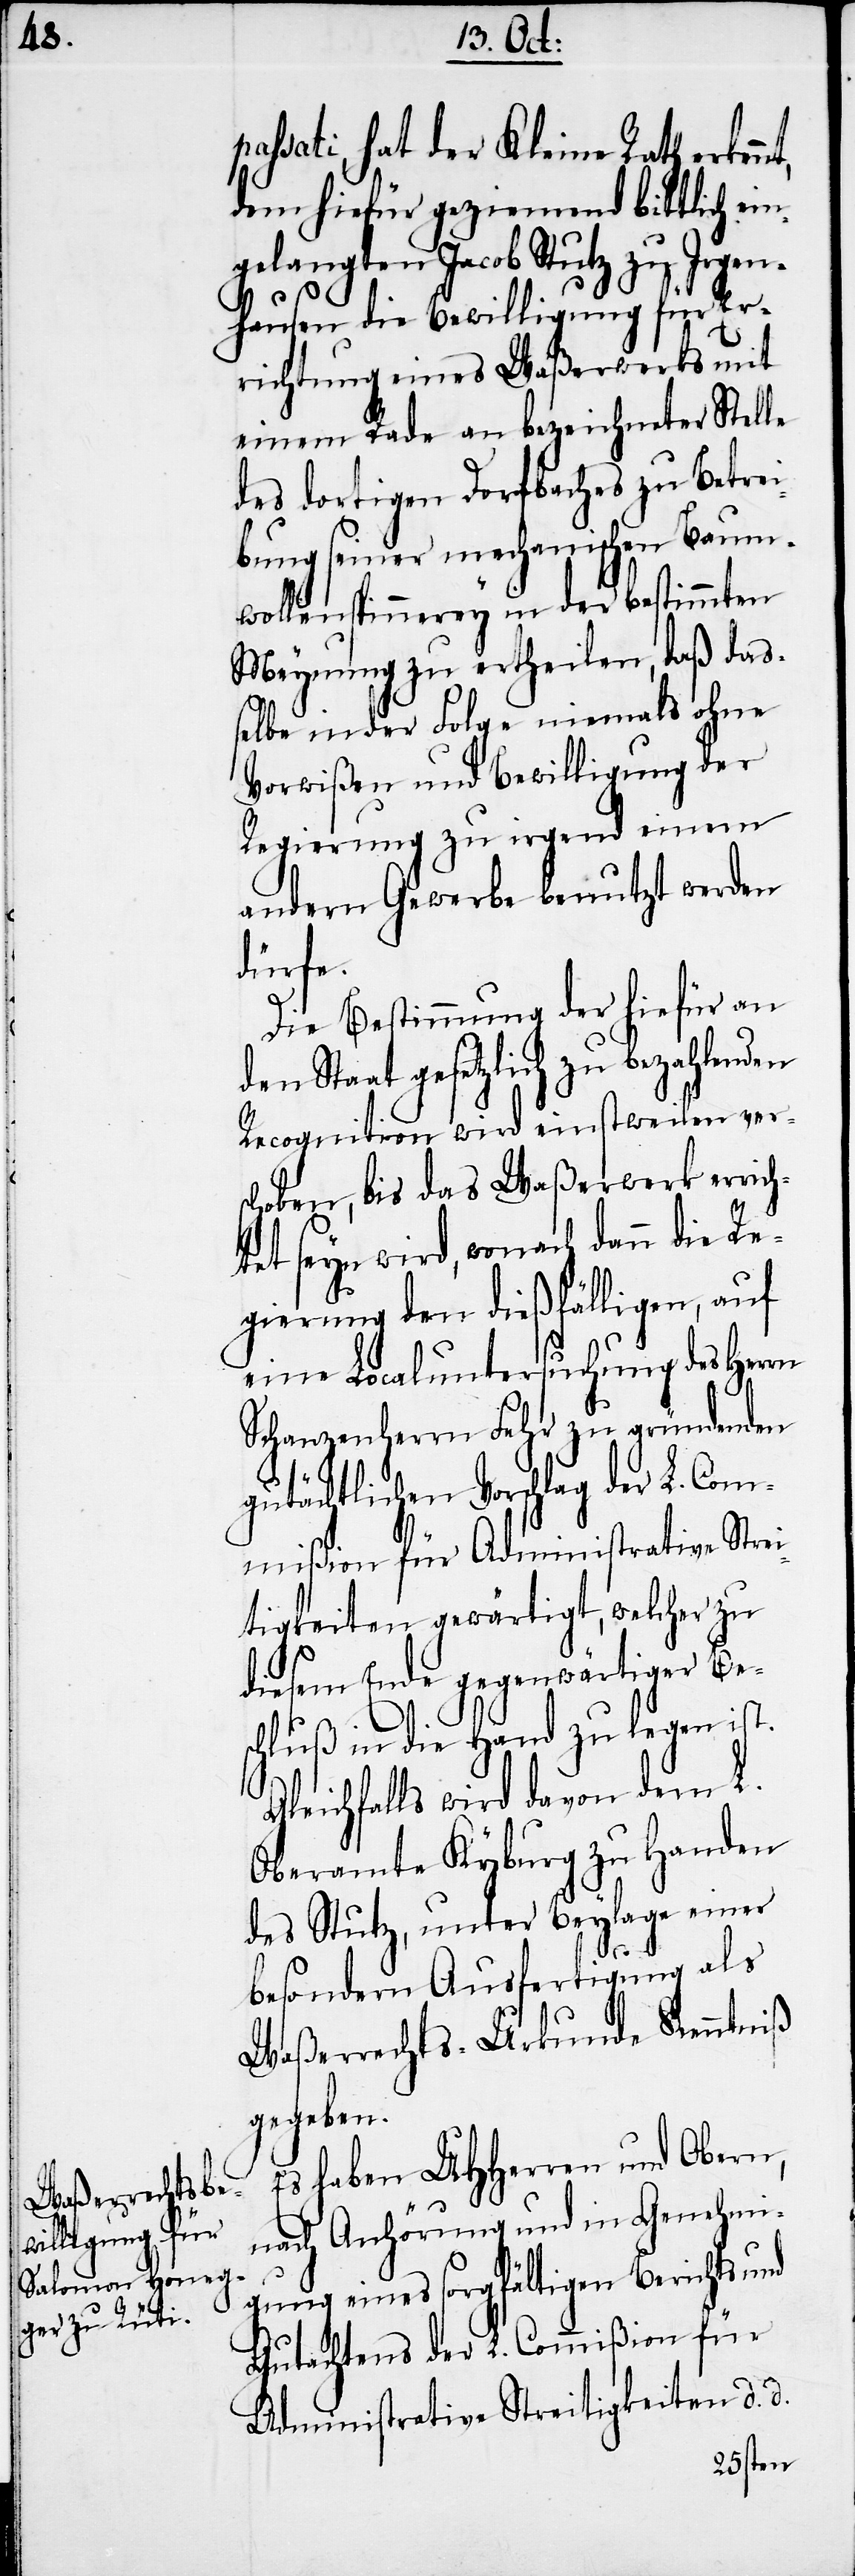
nt,

sati, hat der Kleine Rath erken¬
dem hiefür geziemend bittlich ein¬
gelangten Jacob Stutz zu Irgen¬
hausen die Bewilligung für Er¬
richtung eines Waßerwerks mit
einem Rade an bezeichneter Stelle
des dortigen Dorfbaches zu Betrei¬
bung seiner mechanischen Baum¬
wollenspinnerey in der bestimmten
Meynung zu ertheilen, daß das¬
selbe in der Folge niemals ohne
Vorwißen und Bewilligung der
Regierung zu irgend einem
andern Gewerbe benutzt werden
dürfe.
Die Bestimmung der hiefür an
den Staat gesetzlich zu bezahlenden
Recognition wird einstweilen ver¬
schoben, bis das Waßerwerk errich¬
tet seyn wird, wonach dann die Re¬
gierung den dießfälligen, auf
eine Localuntersuchung des Herrn
Schanzenherrn Fehr zu gründenden
gutächtlichen Vorschlag der L. Com¬
mißion für Administrative Strei¬
tigkeiten gewärtigt, welcher zu
diesem Ende gegenwärtiger Be¬
schluß in die Hand zu legen ist.
Gleichfalls wird davon dem L.
Oberamte Kyburg zu Handen
des Stutz, unter Beylage einer
besondern Ausfertigung als
Waßerrechts-Urkunde Kenntniß
gegeben.
Es haben UHHerren und Obern,
nach Anhörung und in Genehmi¬
gung eines sorgfältigen Berichts und
Gutachtens der L. Commißion für
Administrative Streitigkeiten d. d.